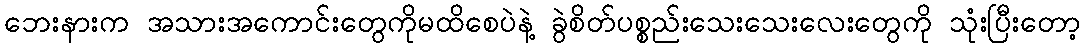
ဘေးနားက အသားအကောင်းတွေကိုမထိစေပဲနဲ့ ခွဲစိတ်ပစ္စည်းသေးသေးလေးတွေကို သုံးပြီးတော့